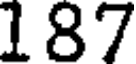
187